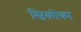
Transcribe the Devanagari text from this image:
स्विकोंका